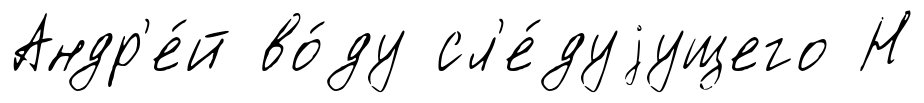
Андр'е́й во́ду сл'е́дуjущего Н